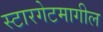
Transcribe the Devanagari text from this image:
स्टारगेटमागील